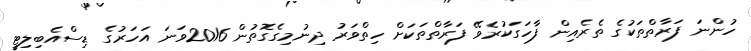
ހުންނަ ފަރާތްތަކުގެ ތެރެއިން ފާހަގަކުރެވޭ ފަރާތްތަކަށް ހިތްވަރު ދިނުމިގެގޮތުން 2016ވަނަ އަހަރުގެ ޑިސްއެބިލިޓީ